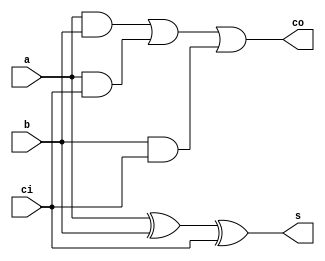
module fullAdder(s, co, a, b, ci);

	output s, co;
	input a, b, ci;
	wire and0, and1, and2;	

	parameter delay = 50;
	
	xor #delay x0(s, a, b, ci);
	
	and #delay a0(and0, a, b);
	and #delay a1(and1, a, ci);
	and #delay a2(and2, b, ci);

	or #delay o1(co, and0, and1, and2);

endmodule